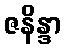
ဇနိန္ဒာ